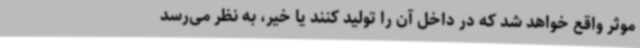
موثر واقع خواهد شد که در داخل آن را تولید کنند یا خیر، به نظر می‌رسد